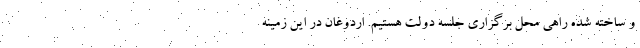
و ساخته شده راهی محل برگزاری جلسه دولت هستیم. اردوغان در این زمینه